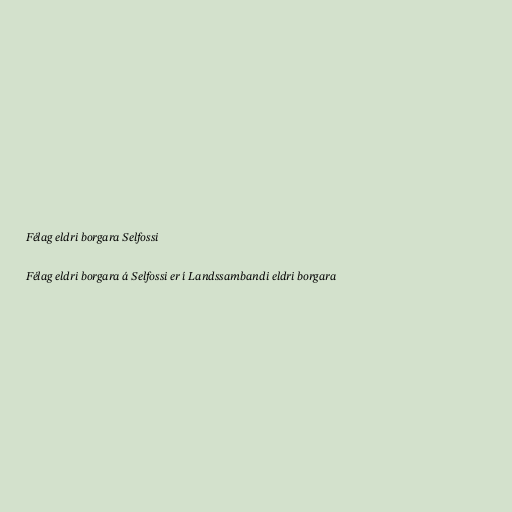
Félag eldri borgara Selfossi

Félag eldri borgara á Selfossi er í Landssambandi eldri borgara